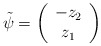
\begin{align*}\tilde{\psi}=\left( \begin{array}{c} -z_{2}\\ z_{1}\end{array} \right)\end{align*}